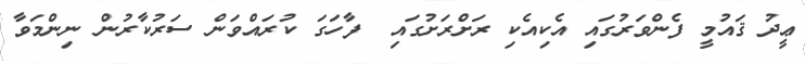
ޢީދު ޤައުމީ ފެންވަރުގައި އެކިއެކި ރަށްރަށުގައި  ފާހަގަ ކުރައްވަން ސަރުކާރުން ނިންމަވާ